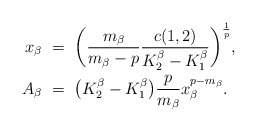
\begin{align*}x_\beta \ &= \ \bigg(\frac{m_\beta}{m_\beta-p}\frac{c(1,2)}{K_2^\beta-K_1^\beta}\bigg)^{\frac{1}{p}}, \\A_\beta \ &= \ \big(K_2^\beta - K_1^\beta\big) \frac{p}{m_\beta} x_\beta^{p-m_\beta}.\end{align*}